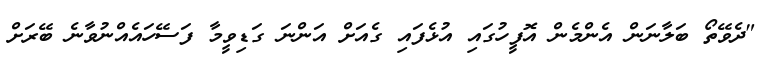
"ދެވޭތޯ ބަލާނަން އެންމެން އޮފީހުގައި އުޅެފައި ގެއަށް އަންނަ ގަޑިވީމާ ފަސޭހައެއްނުވާނެ ބޭރަށް